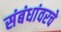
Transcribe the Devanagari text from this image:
संबंधांवरचे